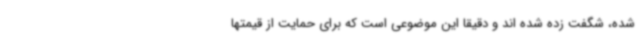
شده، شگفت زده شده اند و دقیقا این موضوعی است که برای حمایت از قیمتها